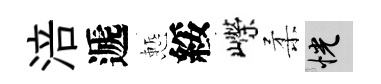
涪遞慙綏嶸柔恍